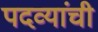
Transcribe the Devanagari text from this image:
पदव्यांची